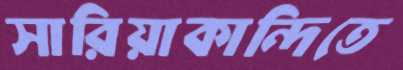
সারিয়াকান্দিতে